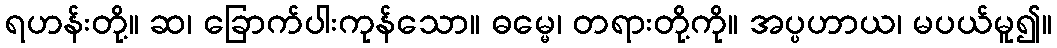
ရဟန်းတို့။ ဆ၊ ခြောက်ပါးကုန်သော။ ဓမ္မေ၊ တရားတို့ကို။ အပ္ပဟာယ၊ မပယ်မူ၍။